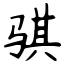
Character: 骐